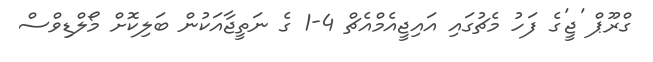
ގްރޫޕް 'ޖީ'ގެ ފަހު މެޗުގައި އައިޖީއެމްއެޗް 4-1 ގެ ނަތީޖާއަކުން ބަލިކޮށް މޯލްޑިވްސް